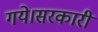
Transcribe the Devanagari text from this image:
गये।सरकारी